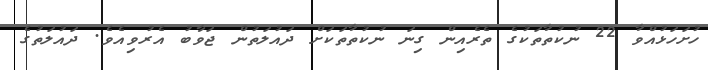
ހުށަހަޅުއްވާ 22 ނުކުތާތަކުގެ ތެރެއިން ގިނަ ނުކުތާތަކަށް ދައުލަތުން ޖަވާބު އެރުވިއެވެ. ދައުލަތުގެ